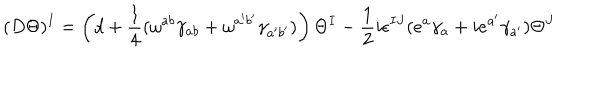
LaTeX: ( D \Theta ) ^ { I } = \left( d + { \frac { 1 } { 4 } } ( \omega ^ { a b } \gamma _ { a b } + \omega ^ { a ^ { \prime } b ^ { \prime } } \gamma _ { a ^ { \prime } b ^ { \prime } } ) \right) \Theta ^ { I } - { \frac { 1 } { 2 } } i \epsilon ^ { I J } ( e ^ { a } \gamma _ { a } + i e ^ { a ^ { \prime } } \gamma _ { a ^ { \prime } } ) \Theta ^ { J }